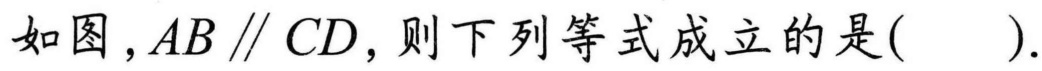
如图，$AB\parallel CD$，则下列等式成立的是(  ).